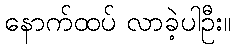
နောက်ထပ် လာခဲ့ပါဦး။